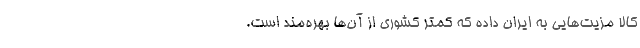
کالا مزیت‌هایی به ایران داده که کمتر کشوری از آن‌ها بهره‌مند است.